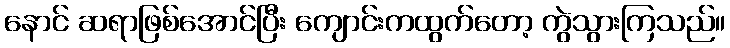
နောင် ဆရာဖြစ်အောင်ပြီး ကျောင်းကထွက်တော့ ကွဲသွားကြသည်။